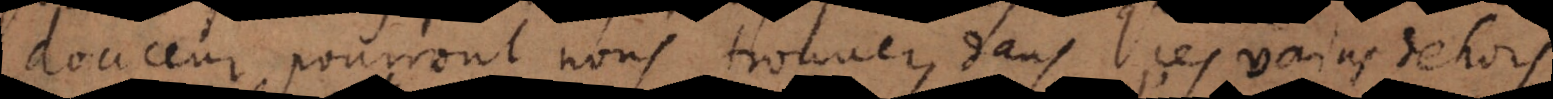
douceur pourrons nous trouver, dans ces vai